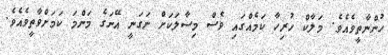
ހުންނާތީވެއެވެ. މަލާކް ހުރިހާ ކަމެއްގައި ވެސް މިސާލަކަށް ނަގަނީ އޭނަގެ މަންމަ ކަމަށްވާތީވެއެވެ.